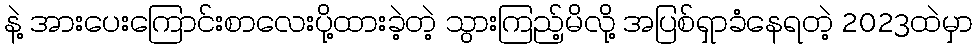
နဲ့ အားပေးကြောင်းစာလေးပို့ထားခဲ့တဲ့ သွားကြည့်မိလို့ အပြစ်ရှာခံနေရတဲ့ 2023ထဲမှာ